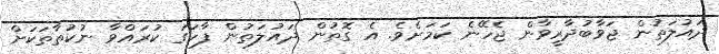
ދައުލަތުން ޖަވާބުދާރީވާން ޖެހޭނެ ކަމަށެވެ. އެ ގޮތުން ދައުލަތުން ފާހަގަ ކުރައްވާ ނުކުތާތަކަށް